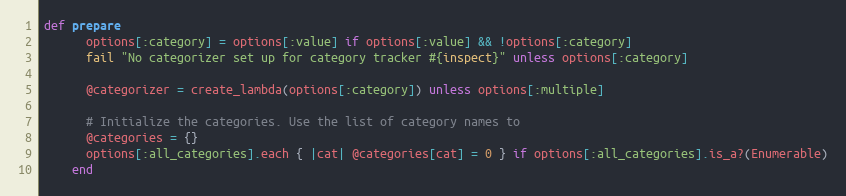
Language: Ruby
def prepare
      options[:category] = options[:value] if options[:value] && !options[:category]
      fail "No categorizer set up for category tracker #{inspect}" unless options[:category]

      @categorizer = create_lambda(options[:category]) unless options[:multiple]

      # Initialize the categories. Use the list of category names to
      @categories = {}
      options[:all_categories].each { |cat| @categories[cat] = 0 } if options[:all_categories].is_a?(Enumerable)
    end